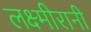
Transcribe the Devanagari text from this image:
लक्ष्मीरानी